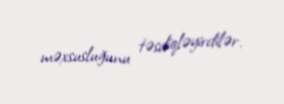
məxsusluğunu təsdiqləyirdilər.